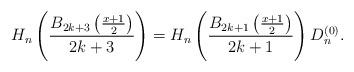
LaTeX: \begin{align*}H_{n}\left(\frac{B_{2k+3}\left(\frac{x+1}{2}\right)}{2k+3}\right)=H_{n}\left(\frac{B_{2k+1}\left(\frac{x+1}{2}\right)}{2k+1}\right)D_{n}^{(0)}.\end{align*}